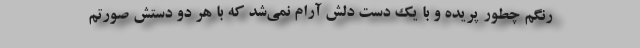
رنگم چطور پریده و با یک دست دلش آرام نمی‌شد که با هر دو دستش صورتم